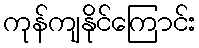
ကုန်ကျနိုင်ကြောင်း